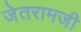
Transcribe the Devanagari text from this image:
जेतरामजी